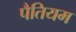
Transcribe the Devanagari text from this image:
पैतियम